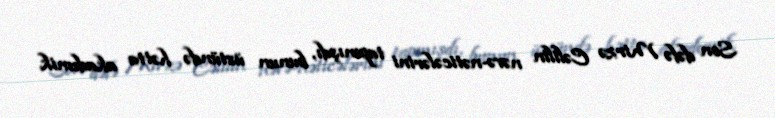
Son dəfə Mirzə Cəlilin nəvə-nəticələrini tapmışdı, bunun üstündə hətta akademik